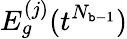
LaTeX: E_{g}^{(j)}(t^{N_{\mathtt{b}-1}})